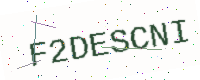
Text: F2DESCNI